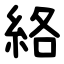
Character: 絡